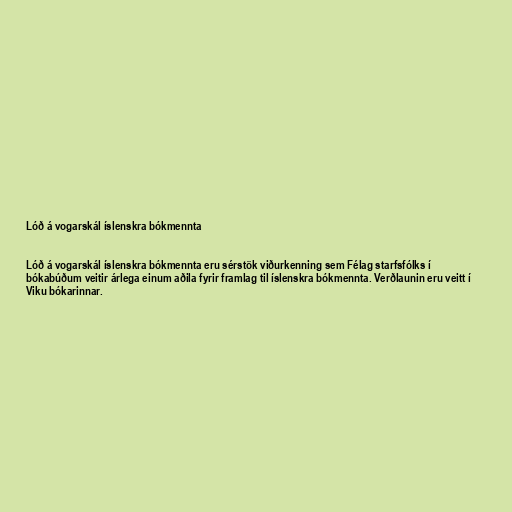
Lóð á vogarskál íslenskra bókmennta

Lóð á vogarskál íslenskra bókmennta eru sérstök viðurkenning sem Félag starfsfólks í
bókabúðum veitir árlega einum aðila fyrir framlag til íslenskra bókmennta. Verðlaunin eru veitt í
Viku bókarinnar.